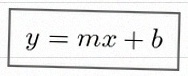
y=mx+b